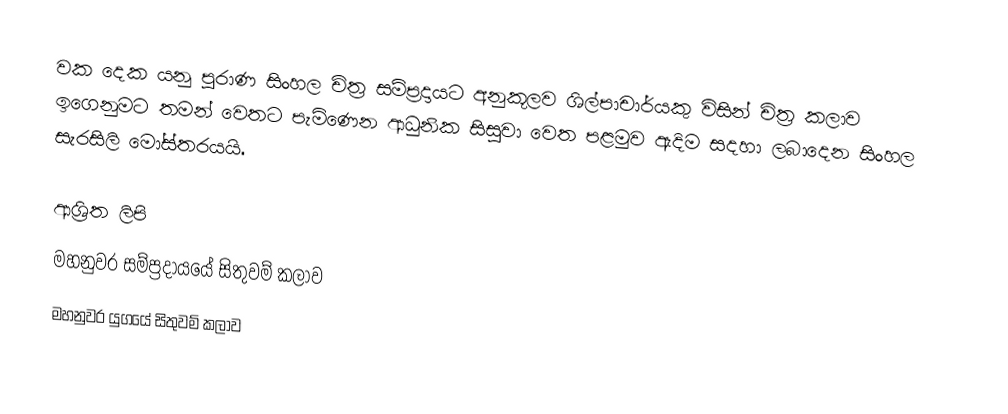
වක දෙක යනු පුරාණ සිංහල චිත්‍ර සම්ප්‍රදායට අනුකූලව ශිල්පාචාර්යකු විසින් චිත්‍ර කලාව ඉගෙනුමට තමන් වෙතට පැමිණෙන ආධුනික සිසුවා වෙත පළමුව  ඇදිම සදහා ලබාදෙන සිංහල සැරසිලි මෝස්තරයයි.

ආශ්‍රිත ලිපි
 මහනුවර සම්ප්‍රදායයේ සිතුවම් කලාව
 මහනුවර යුගයේ සිතුවම් කලාව